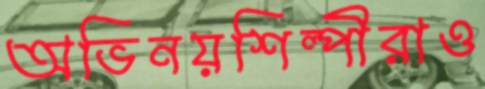
অভিনয়শিল্পীরাও